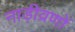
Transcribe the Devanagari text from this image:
नाड़ीव्रणों